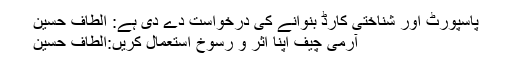
پاسپورٹ اور شناختی کارڈ بنوانے کی درخواست دے دی ہے: الطاف حسین
آرمی چیف اپنا اثر و رسوخ استعمال کریں:الطاف حسین